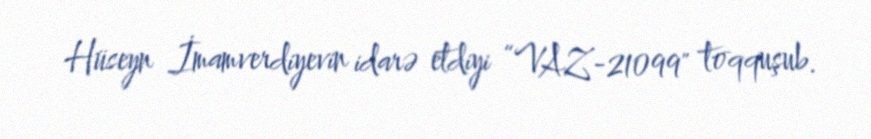
Hüseyn İmamverdiyevin idarə etdiyi “VAZ-21099" toqquşub.